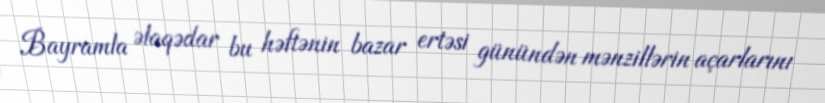
Bayramla əlaqədar bu həftənin bazar ertəsi günündən mənzillərin açarlarını